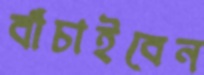
বাঁচাইবেন